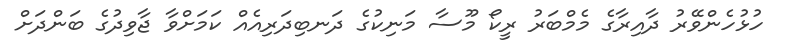
ހުޅުހެންވޭރު ދާއިރާގެ މެމްބަރު ރީކޯ މޫސާ މަނިކުގެ ދަނބިދަރިއެއް ކަމަށްވާ ޖާވިދުގެ ބަންދަށް